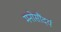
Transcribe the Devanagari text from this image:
मनोसौंदर्य